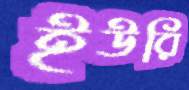
ইউরি